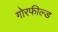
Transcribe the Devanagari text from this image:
गोरफील्ड